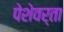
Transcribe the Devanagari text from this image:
पेशेवर्ता